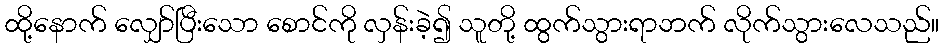
ထို့နောက် လျှော်ပြီးသော စောင်ကို လှန်းခဲ့၍ သူတို့ ထွက်သွားရာဘက် လိုက်သွားလေသည်။